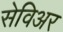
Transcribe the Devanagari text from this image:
सेविअर